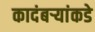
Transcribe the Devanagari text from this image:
कादंबर्‍यांकडे